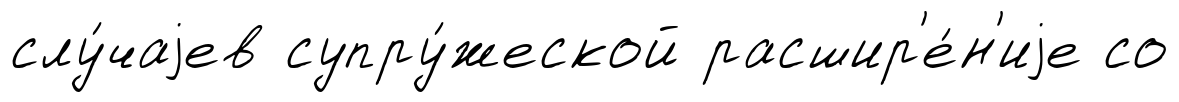
слу́чаjев супру́жеской расшир'е́н'иjе со